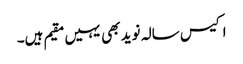
اکیس سالہ نوید بھی یہیں مقیم ہیں۔